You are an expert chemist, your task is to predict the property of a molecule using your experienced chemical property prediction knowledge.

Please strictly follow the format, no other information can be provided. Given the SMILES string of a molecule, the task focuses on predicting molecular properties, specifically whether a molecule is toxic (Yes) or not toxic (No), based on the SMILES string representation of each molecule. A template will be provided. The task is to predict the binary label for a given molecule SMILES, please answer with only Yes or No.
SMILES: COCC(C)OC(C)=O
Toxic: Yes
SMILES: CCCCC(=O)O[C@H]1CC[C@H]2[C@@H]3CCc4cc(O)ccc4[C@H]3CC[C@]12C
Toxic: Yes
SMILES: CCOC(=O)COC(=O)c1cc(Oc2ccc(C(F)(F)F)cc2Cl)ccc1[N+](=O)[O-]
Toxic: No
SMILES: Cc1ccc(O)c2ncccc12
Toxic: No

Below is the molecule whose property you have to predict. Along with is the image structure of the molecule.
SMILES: C=CC1CC=CCC1
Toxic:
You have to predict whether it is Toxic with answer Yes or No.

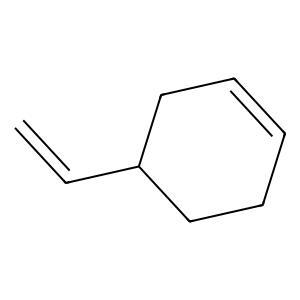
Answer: No